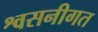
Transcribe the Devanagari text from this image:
श्वसनीगत